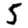
Digit: 5